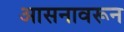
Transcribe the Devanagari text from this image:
आसनावरून